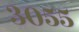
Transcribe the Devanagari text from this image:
३०५५